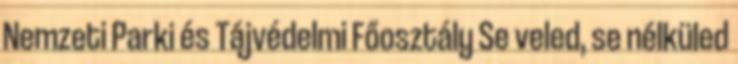
Nemzeti Parki és Tájvédelmi Főosztály Se veled, se nélküled